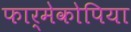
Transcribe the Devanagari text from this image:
फार्मेकोपिया